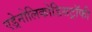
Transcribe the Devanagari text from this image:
एड्रेनोलिकोडिसट्रॉफी